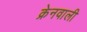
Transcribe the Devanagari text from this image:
क्रेनवाली